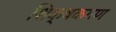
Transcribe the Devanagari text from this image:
शिक्षकगण